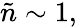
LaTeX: \tilde{n}\sim 1,